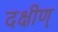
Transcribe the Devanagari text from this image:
दक्षीण्